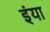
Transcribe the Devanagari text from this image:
इंया